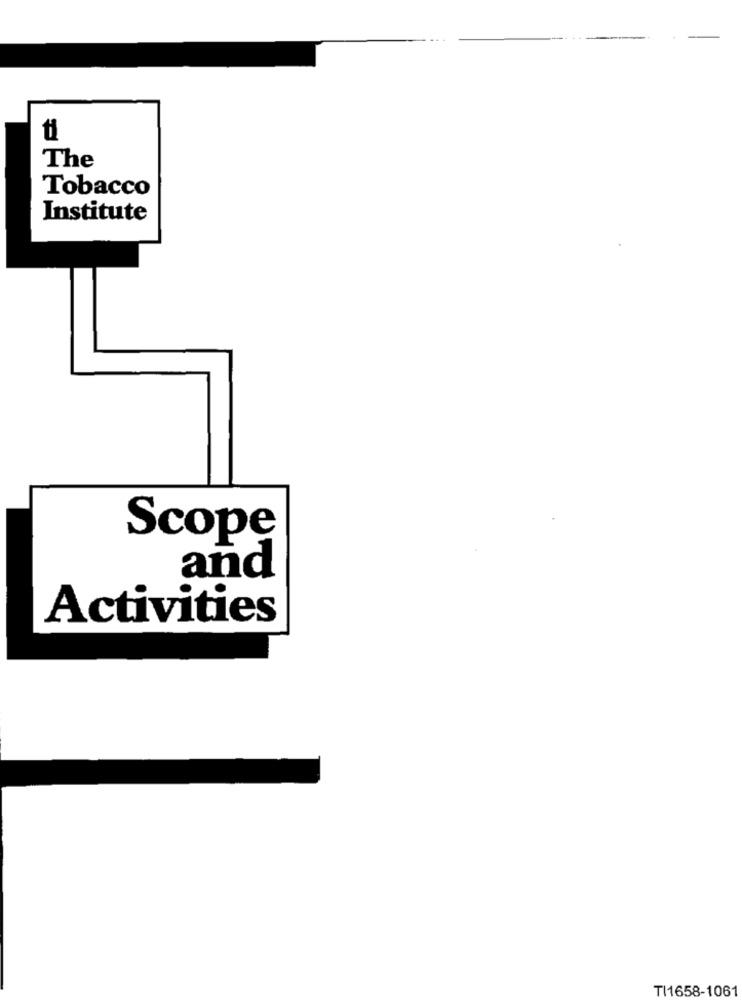
ti
The
Tobacco
Institute
Scope
and
Activities
TI1658-1061